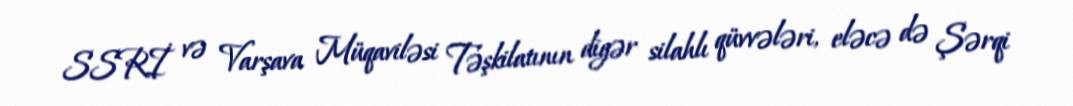
SSRİ və Varşava Müqaviləsi Təşkilatının digər silahlı qüvvələri, eləcə də Şərqi